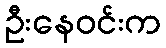
ဦးနေဝင်းက